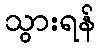
သွားရန်